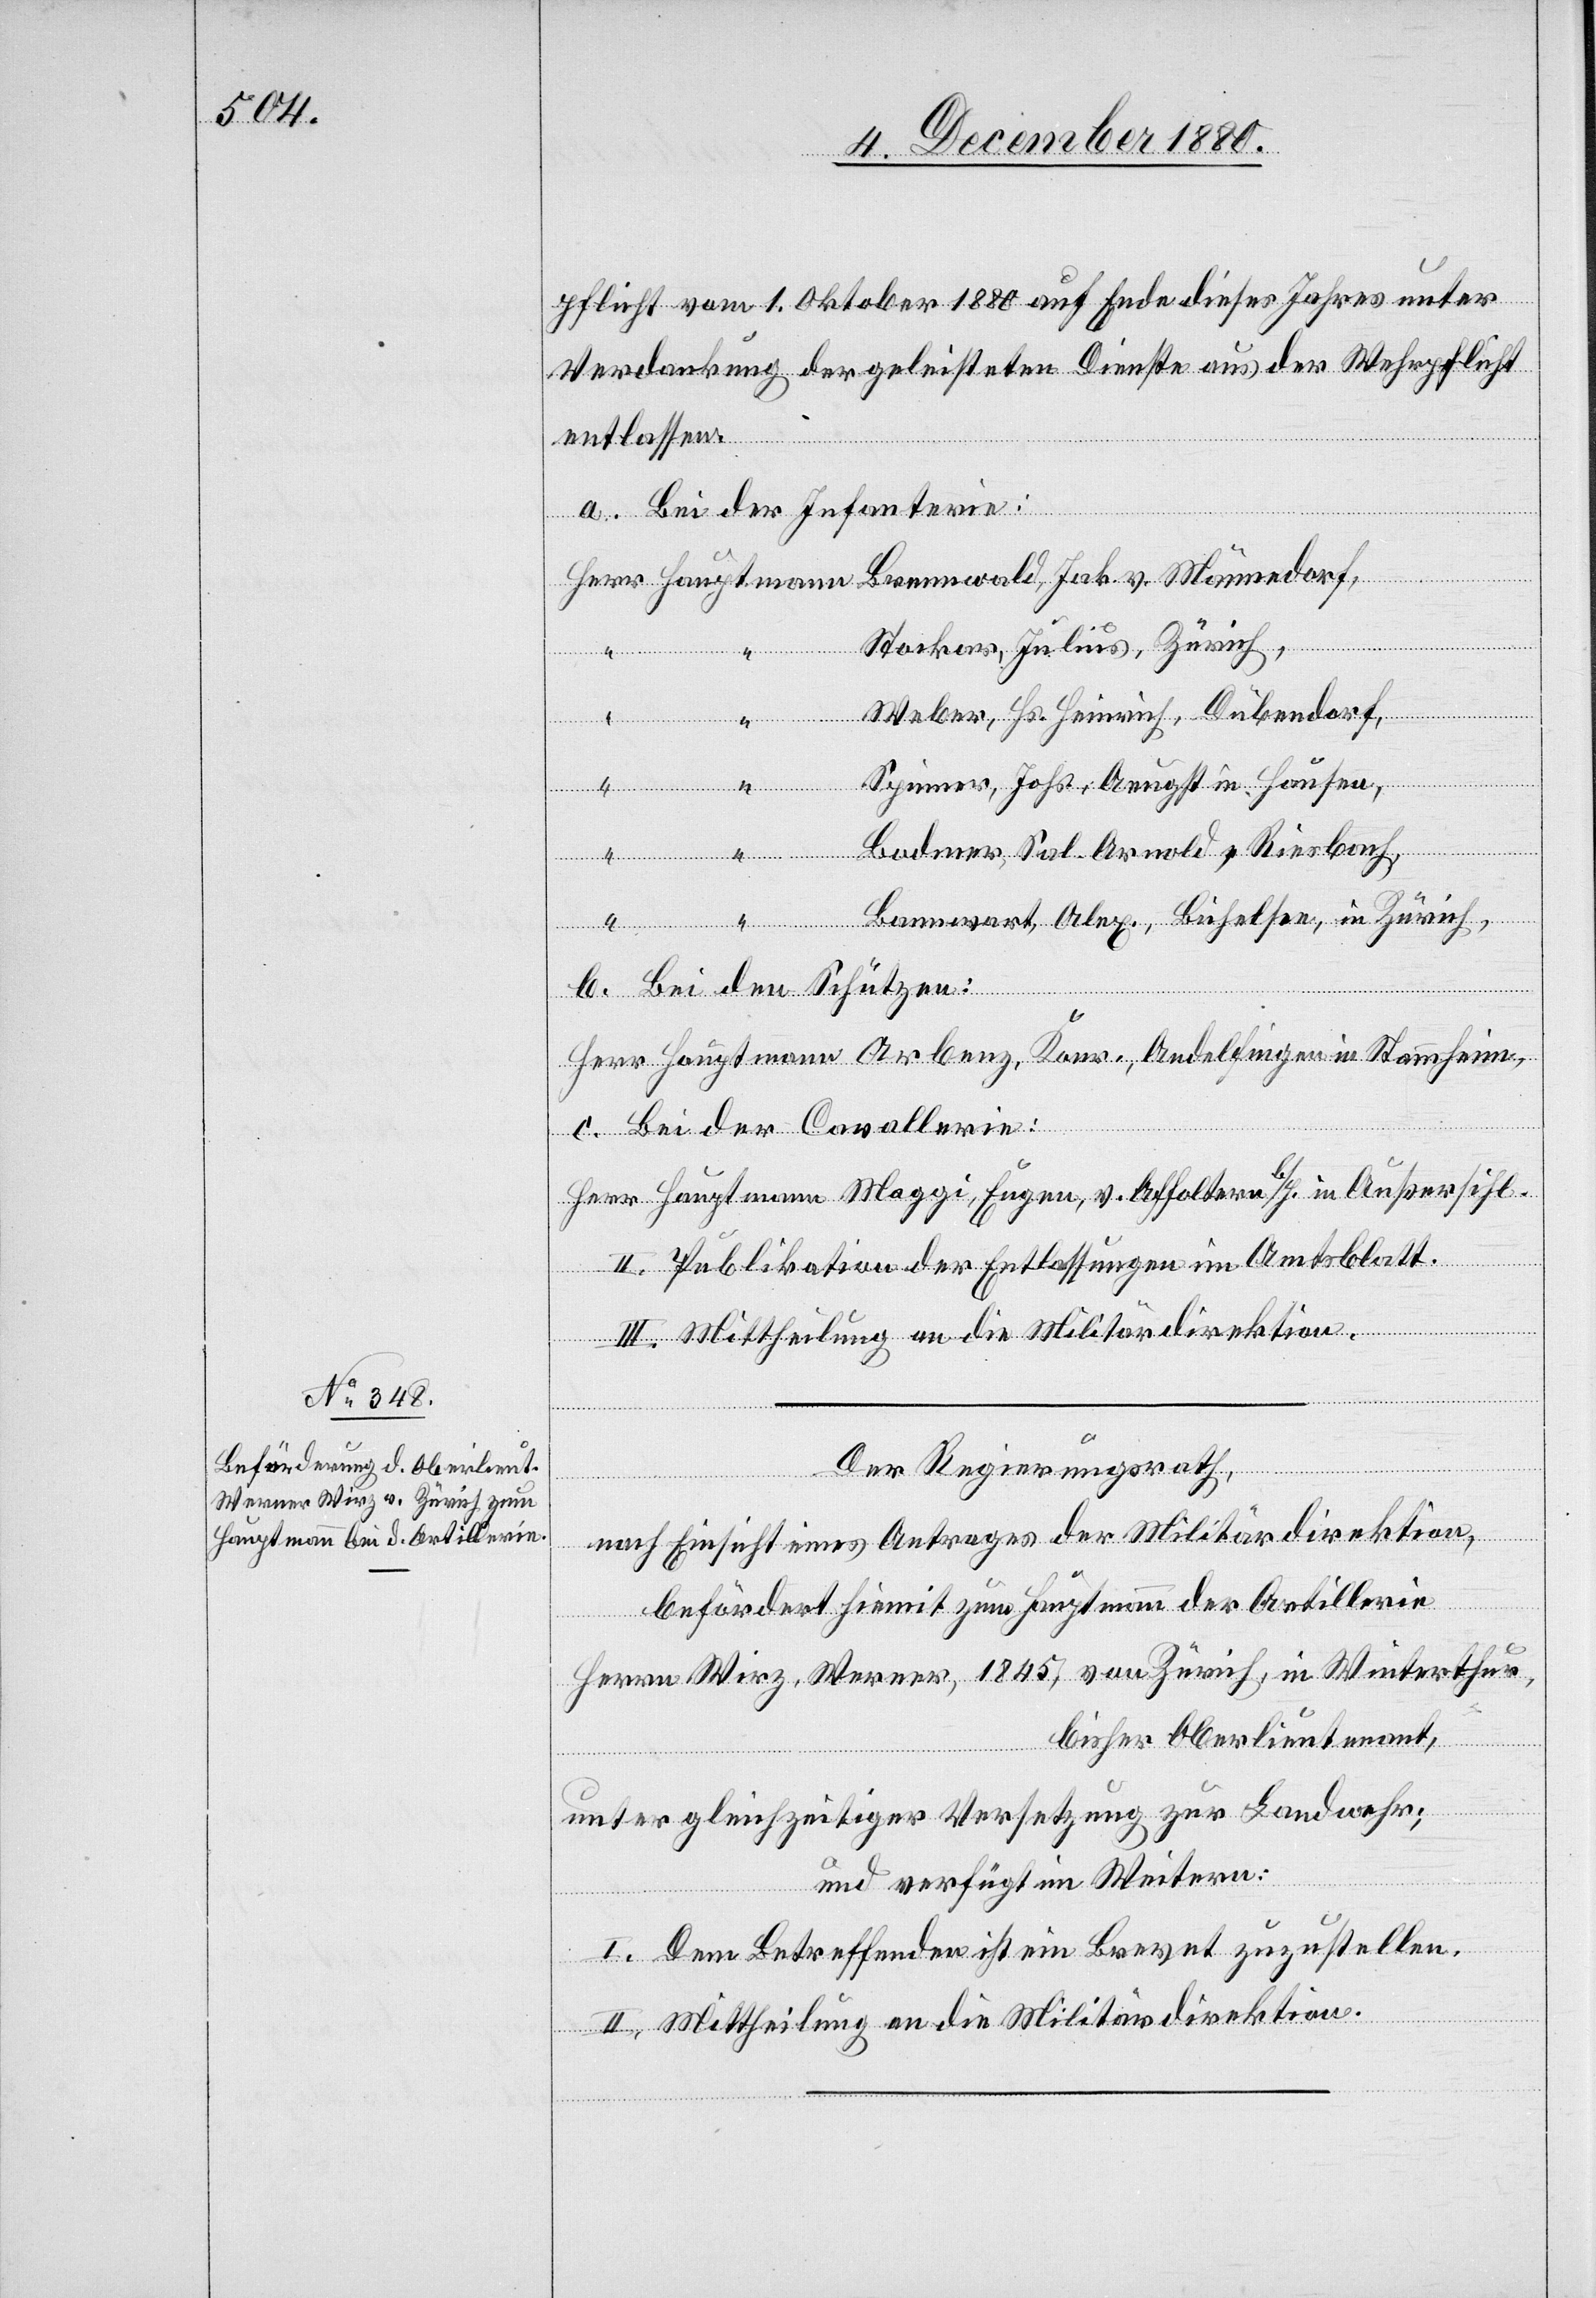
pflicht vom 1. Oktober 1880 auf Ende dieses Jahres unter
Verdankung der geleisteten Dienste aus der Wehrpflicht
entlassen.
a. Bei der Infanterie:
“
Stockar, Julius, Zürich,
Jak.
Weber, Hs. Heinrich, Dübendorf,
Spinner, Johs. Aeugst in Hausen,
Bodmer, Sal. Arnold, Riesbach,
Bannwart, Alex. Bichelsee, in Zürich.
v.
b. Bei den Schützen:
Herr Hauptmann Arbenz, Konr., Andelfingen in Stammheim.
c. Bei der Cavallerie:
Herr Hauptmann Maggi, Eugen, v. Affoltern b/H. in Außersihl.
II. Publikation der Entlassungen im Amtsblatt.
III. Mittheilung an die Militärdirektion.
Der Regierungsrath,
nach Einsicht eines Antrages der Militärdirektion,
befördert hiemit zum Hauptmann der Artillerie
Herrn Wirz, Werner, 1845, von Zürich, in Winterthur,
bisher Oberlieutenant,
Männedorf,
unter gleichzeitiger Versetzung zur Landwehr;
und verfügt im Weitern:
I. Dem Betreffenden ist ein Brevet zuzustellen.
II. Mittheilung an die Militärdirektion.